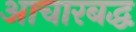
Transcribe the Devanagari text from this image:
आचारबद्ध